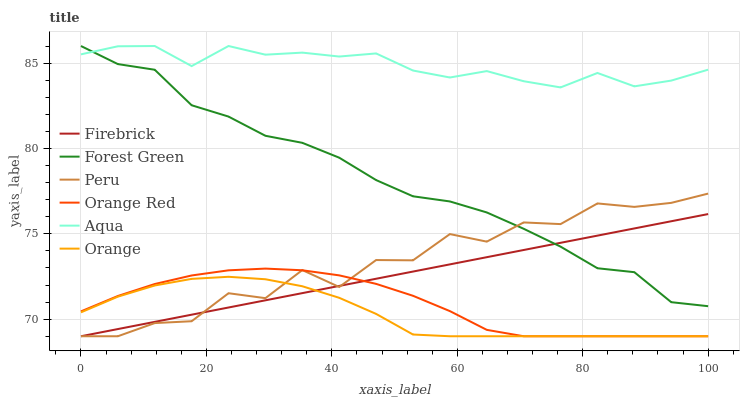
| xaxis_label | Firebrick | Forest Green | Peru | Orange Red | Aqua | Orange |
 | --- | --- | --- | --- | --- | --- | --- |
 | 0 | 69 | 86 | 69 | 70.5 | 85.5 | 70.4 |
 | 5.88 | 69.4 | 84.9 | 69 | 71.4 | 86 | 71.3 |
 | 11.8 | 69.8 | 84.6 | 69.8 | 72.1 | 86 | 72 |
 | 17.6 | 70.3 | 82.5 | 69.9 | 72.6 | 84.8 | 72.4 |
 | 23.5 | 70.7 | 81.9 | 71.5 | 72.9 | 86 | 72.5 |
 | 29.4 | 71.1 | 80.7 | 71.2 | 73 | 85.5 | 72.3 |
 | 35.3 | 71.5 | 80.3 | 72.9 | 72.9 | 85.6 | 71.9 |
 | 41.2 | 71.9 | 79.5 | 71.9 | 72.6 | 85.4 | 71.3 |
 | 47.1 | 72.4 | 78.1 | 73.5 | 72.1 | 85.6 | 70.3 |
 | 52.9 | 72.8 | 77.2 | 73.4 | 71.4 | 84.6 | 69.1 |
 | 58.8 | 73.2 | 76.9 | 75 | 70.5 | 84.2 | 69 |
 | 64.7 | 73.6 | 76.3 | 74.5 | 69.4 | 84.5 | 69 |
 | 70.6 | 74.1 | 75.3 | 75.7 | 69 | 83.9 | 69 |
 | 76.5 | 74.5 | 74.2 | 75.6 | 69 | 83.6 | 69 |
 | 82.4 | 74.9 | 73 | 76.8 | 69 | 84.4 | 69 |
 | 88.2 | 75.3 | 72.8 | 76.6 | 69 | 83.6 | 69 |
 | 94.1 | 75.7 | 71 | 76.8 | 69 | 84 | 69 |
 | 100 | 76.2 | 70.8 | 77.4 | 69 | 84.6 | 69 |